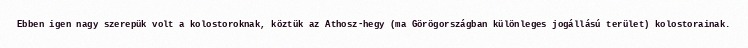
Ebben igen nagy szerepük volt a kolostoroknak, köztük az Athosz-hegy (ma Görögországban különleges jogállású terület) kolostorainak.